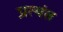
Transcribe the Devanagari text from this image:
प्रत्‍यंत